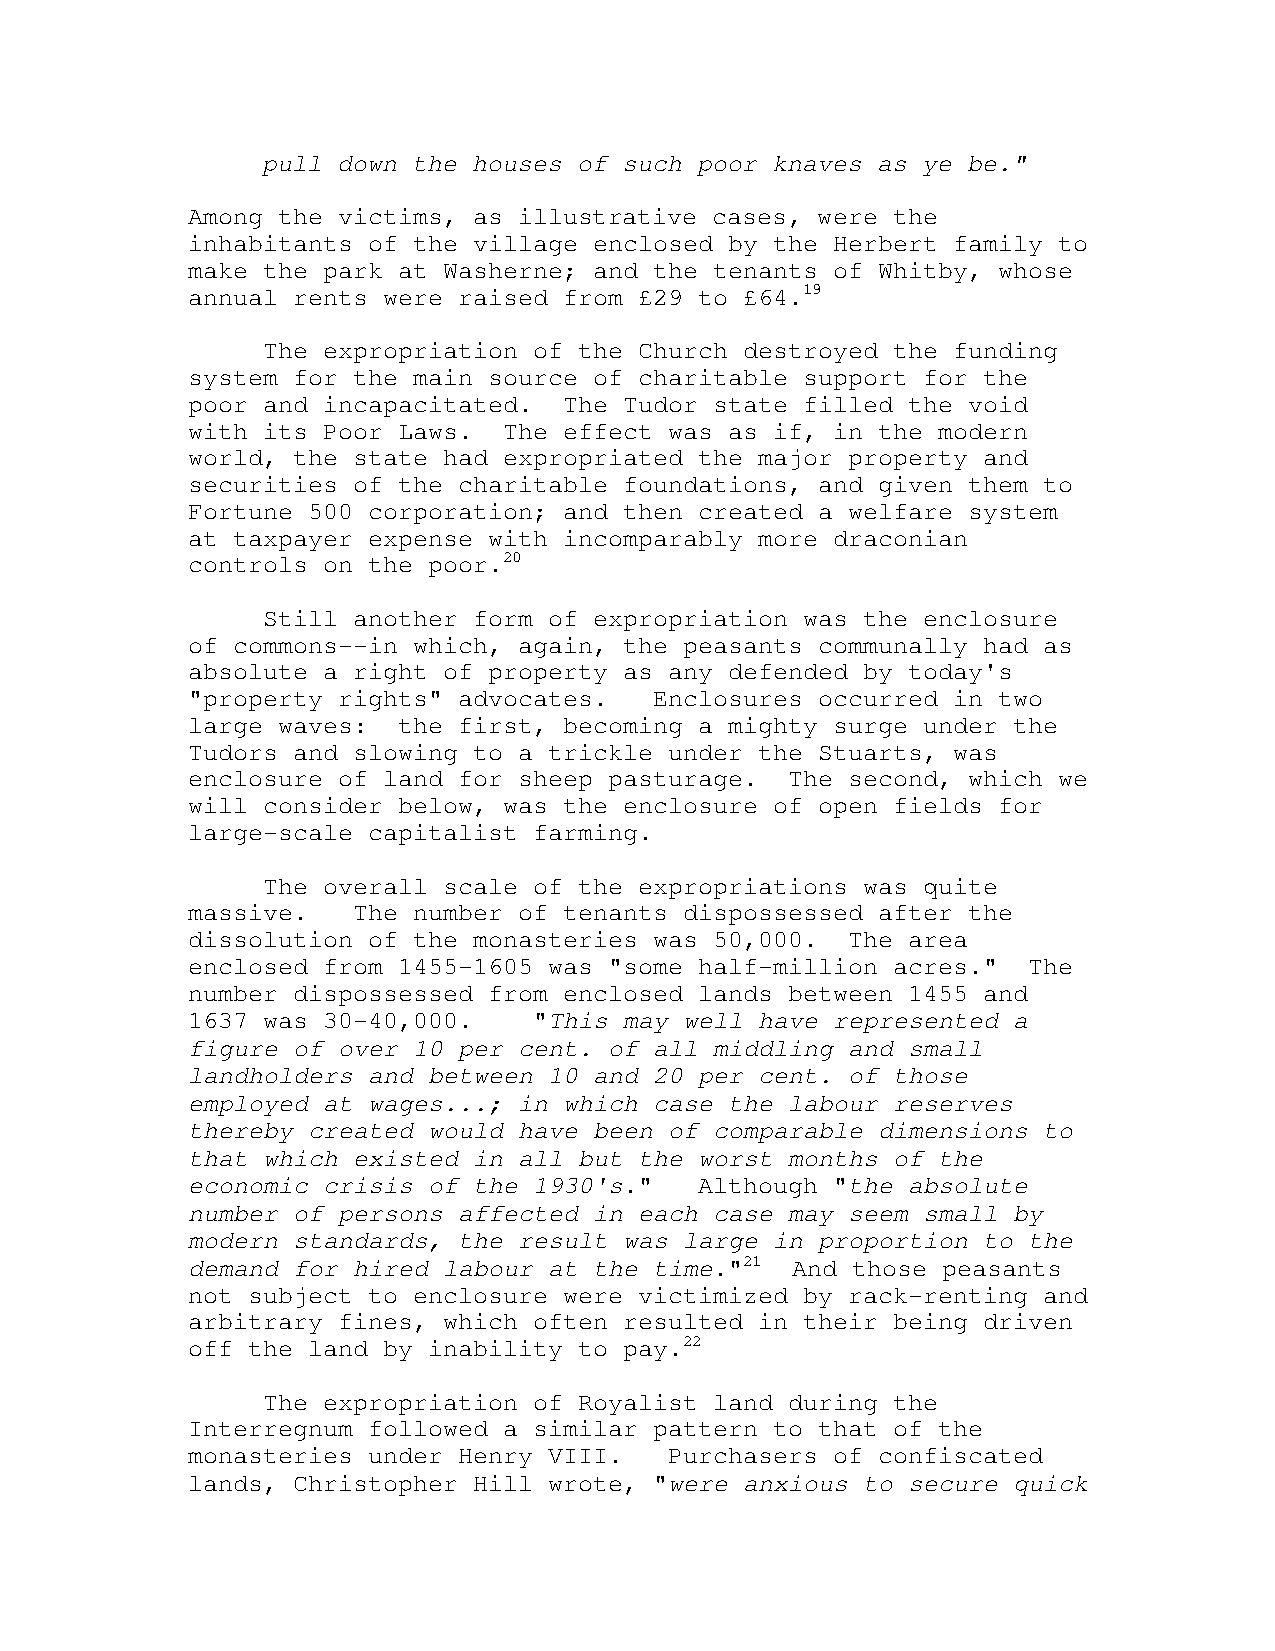
pull down the houses of such poor knaves as ye be."
 Among the victims, as illustrative cases, were the
 inhabitants of the village enclosed by the Herbert family to
 make the park at Washerne; and the tenants of Whitby, whose
 annual rents were raised from £29 to £64.19
 The expropriation of the Church destroyed the funding
 system for the main source of charitable support for the
 poor and incapacitated.  The Tudor state filled the void
 with its Poor Laws.  The effect was as if, in the modern
 world, the state had expropriated the major property and
 securities of the charitable foundations, and given them to
 Fortune 500 corporation; and then created a welfare system
 at taxpayer expense with incomparably more draconian
 controls on the poor.20
 Still another form of expropriation was the enclosure
 of commons--in which, again, the peasants communally had as
 absolute a right of property as any defended by today's
 "property rights" advocates.   Enclosures occurred in two
 large waves:  the first, becoming a mighty surge under the
 Tudors and slowing to a trickle under the Stuarts, was
 enclosure of land for sheep pasturage.  The second, which we
 will consider below, was the enclosure of open fields for
 large-scale capitalist farming.
 The overall scale of the expropriations was quite
 massive.   The number of tenants dispossessed after the
 dissolution of the monasteries was 50,000.  The area
 enclosed from 1455-1605 was "some half-million acres."  The
 number dispossessed from enclosed lands between 1455 and
 1637 was 30-40,000.    "This may well have represented a
 figure of over 10 per cent. of all middling and small
 landholders and between 10 and 20 per cent. of those
 employed at wages...; in which case the labour reserves
 thereby created would have been of comparable dimensions to
 that which existed in all but the worst months of the
 economic crisis of the 1930's."   Although "the absolute
 number of persons affected in each case may seem small by
 modern standards, the result was large in proportion to the
 demand for hired labour at the time."21 And those peasants
 not subject to enclosure were victimized by rack-renting and
 arbitrary fines, which often resulted in their being driven
 off the land by inability to pay.22
 The expropriation of Royalist land during the
 Interregnum followed a similar pattern to that of the
 monasteries under Henry VIII.   Purchasers of confiscated
 lands, Christopher Hill wrote, "were anxious to secure quick